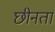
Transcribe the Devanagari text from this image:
छीनता